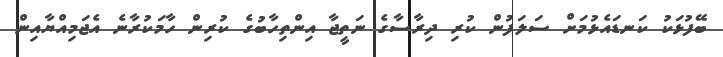
ބޭފުޅަކު ކަނޑައެޅުމަށް ސަލަފުން ކުރި ދިރާސާގެ ނަތީޖާ އިންތިހާބުގެ ކުރިން ހާމަކުރާނެ އެޖަމިއްޔާއިން